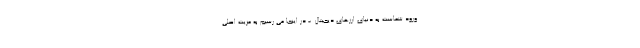
ورود شماست به دنیای ارزهای دیجیتال. - در اینجا می رسیم به مزیت اصلی